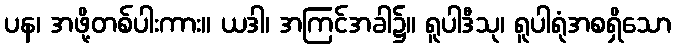
ပန၊ အဖို့တစ်ပါးကား။ ယဒါ၊ အကြင်အခါ၌။ ရူပါဒီသု၊ ရူပါရုံအစရှိသော